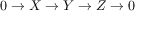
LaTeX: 0 \rightarrow X \rightarrow Y \rightarrow Z \rightarrow 0